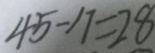
4 5 - 1 7 = 2 8